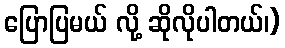
ပြောပြမယ် လို့ ဆိုလိုပါတယ်၊)